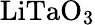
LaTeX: \mathrm{LiTaO_{3}}